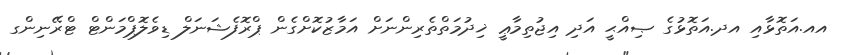
އއ.އަތޮޅާއި އދ.އަތޮޅުގެ ޞިއްޙީ އަދި އިޖުތިމާޢީ ޚިދުމަތްތެރިންނަށް އަމާޒުކޮށްގެން ޕްރޮފެޝަނަލް ޑިވެލޮޕްމަންޓް ޓްރޭނިންގ